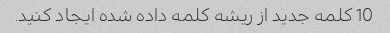
10 کلمه جدید از ریشه کلمه داده شده ایجاد کنید.